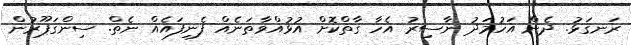
ރަނގަޅު. ދެން އަހުމަދު ނާސިރު އެހާ ގާތްކޮށް އުޅުއްވާތަނެއް ފެނިފައެއް ނެތް. ސިންގަޕޫރުން